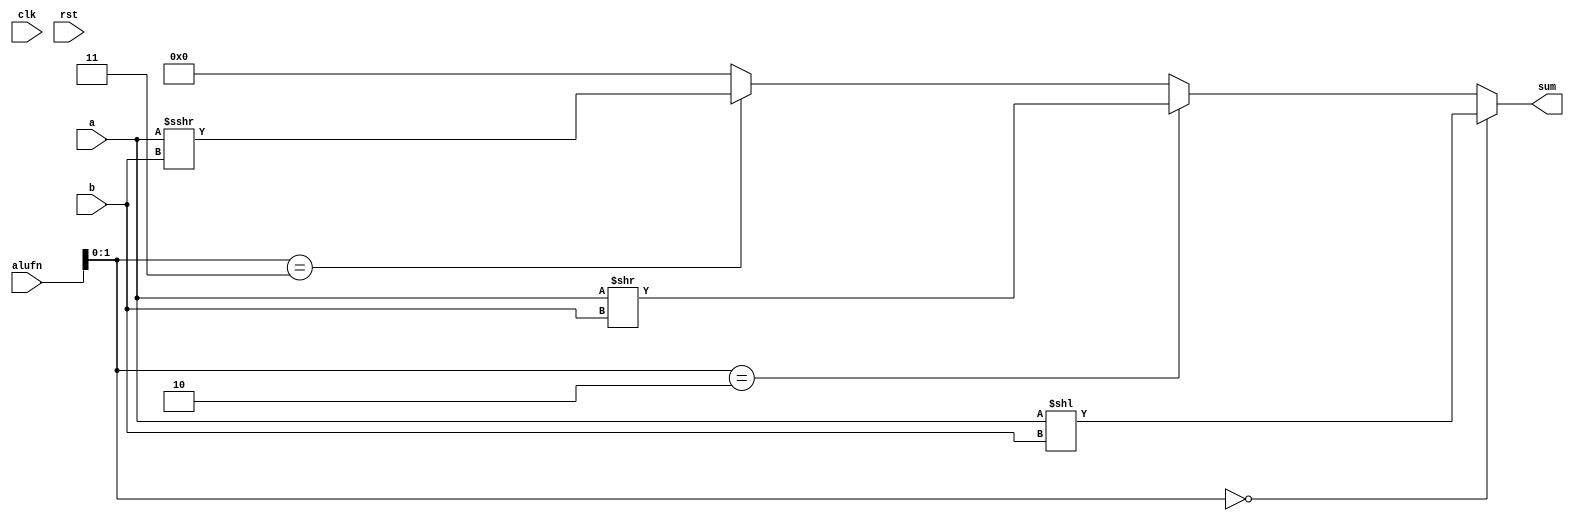
/*
   This file was generated automatically by the Mojo IDE version B1.3.6.
   Do not edit this file directly. Instead edit the original Lucid source.
   This is a temporary file and any changes made to it will be destroyed.
*/

module shifter_5 (
    input clk,
    input rst,
    input [7:0] a,
    input [4:0] b,
    input [5:0] alufn,
    output reg [7:0] sum
  );
  
  
  
  
  always @* begin
    sum = 8'h00;
    if (alufn[0+1-:2] == 2'h0) begin
      sum = a << b;
    end else begin
      if (alufn[0+1-:2] == 2'h2) begin
        sum = a >> b;
      end else begin
        if (alufn[0+1-:2] == 2'h3) begin
          sum = $signed(a) >>> b;
        end
      end
    end
  end
endmodule